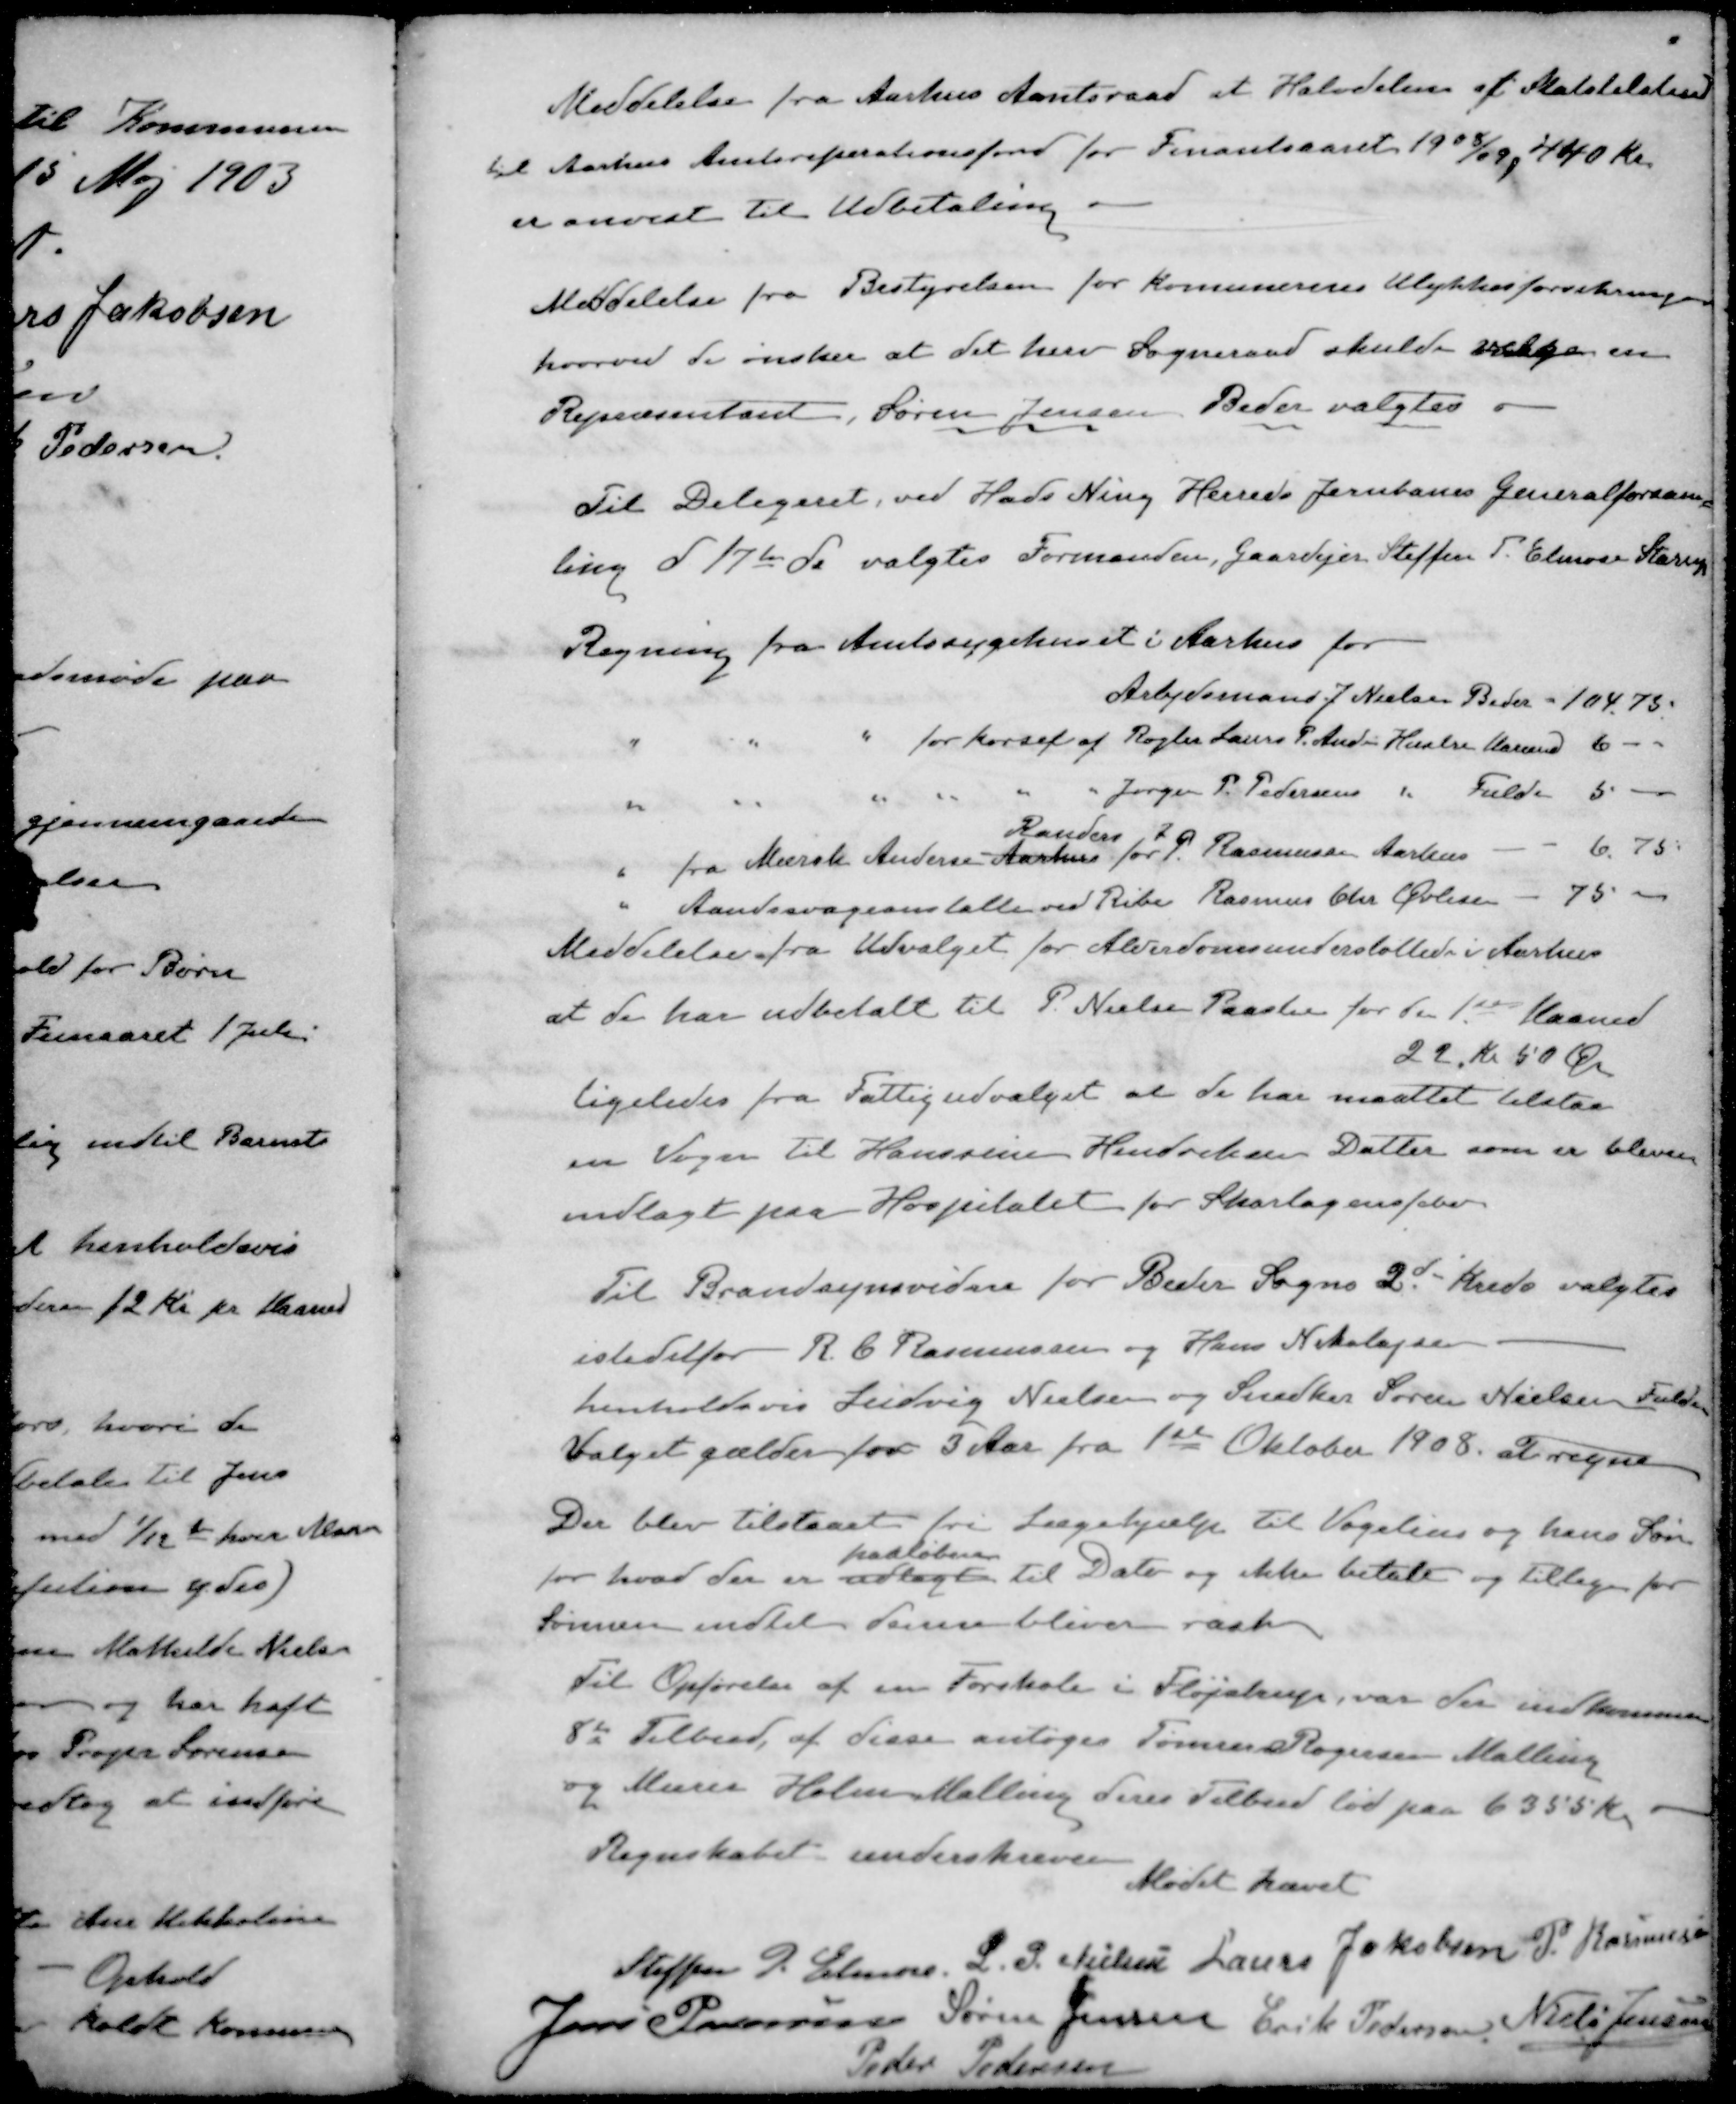
Transskription:
Meddelelse fra Aarhus Amtsraad at Halvdelen af Statstilskud
til Aarhus Amtsreparationsfond for Finantsaaret 1938/39, 440 Kr.
er anvist til Udbetaling
Meddelelse fra Bestyrelsen for Kommunernes Ulykkesforsikring
hvorved de ønsker at det herv Sogneraad skulde vælge en
Repræsentant, Søren Jensen. Beder valgtes
Til Delegeret, ved Hans Ning Herreds Jernbanes Generalforsam-
ling d 17de ds valgtes Formanden, Gaardejer Steffen P. Elmose Starup
Regning fra Amtssygehuset i Aarhus for
Arbejdsmand J. Nielsen Beder = 104,75
" " " for kørsel af Røgter Laurs P. Ander Hustru Karen 6
" " " " " " Jørgen P. Pedersens " Fulden 5 -
Randers,
" fra Murch Andersen Aarhus for P. Rasmussen Aarhus - - 6,75
" Aandssvageanstalle ved Ribe Rasmus Chr. Øvlisen - 75 -
Meddelelse fra Udvalget for Alderdomsunderstøttede i Aarhus
at de har udbetalt til P. Nielsen Paaster for den 1ste Maaned
22 kr 50 Øre
ligeledes fra Fattigudvalget at de har maattet tilstaa
en Vogn til Hanssine Hendriksens Datter som er bleven
indlagt paa Hospitalet for Skarlagensfeber
Til Brandsynsvidne for Beder Sogns 2d Kreds valgtes
istedetfor R. C. Rasmussen og Hans Nikolajsen
henholdsvis Ludvig Nielsen og Snedker Søren Nielsen Fulden
valget gælder for 3 Aar fra 1ste Oktober 1908 at regne
Der blev tilstaaet fri Lægehjælp til Vogelius og hans Søn
paaløben
for hvad der er udlagt til Dato og ikke betalt og tillagen for
Sønnen indtil denne bliver raske 
Til Opførelse af en Forskole i Fløjstrup, var der indkommen
8 Tilbud af disse antoges Tømrer Rogersen Malling
og Murer Holm Malling deres Tilbud lød paa 6355 Kr.
Regnskabet underskreven
Mødet hævet
Steffen P. Elmose
L. P. Nielsen
Laurs Jakobsen
P. Rasmussen
Jens Pedersen
Søren Jensen
Erik Pedersen
Niels Jensen
Peder Pedersen